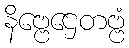
နိဗ္ဗေဌေတဗ္ဗံ